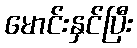
မောင်းနှင်ပြီး